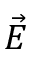
\vec { E }